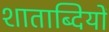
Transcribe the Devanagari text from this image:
शाताब्दियों